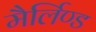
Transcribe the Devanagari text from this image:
मैर्लिण्ड